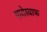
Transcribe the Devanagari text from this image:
यारोस्वाफ